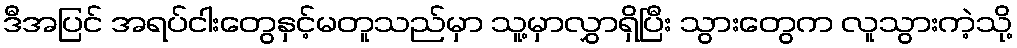
ဒီအပြင် အရပ်ငါးတွေနှင့်မတူသည်မှာ သူ့မှာလွှာရှိပြီး သွားတွေက လူသွားကဲ့သို့